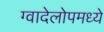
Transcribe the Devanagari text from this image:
ग्वादेलोपमध्ये